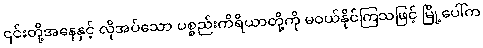
၎င်းတို့အနေနှင့် လိုအပ်သော ပစ္စည်းကိရိယာတို့ကို မဝယ်နိုင်ကြသဖြင့် မြို့ပေါ်က